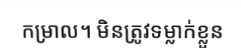
កម្រាល។ មិនត្រូវទម្លាក់ខ្លួន